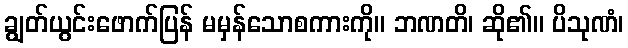
ချွတ်ယွင်းဖောက်ပြန် မမှန်သောစကားကို။ ဘဏတိ၊ ဆို၏။ ပိသုဏံ၊